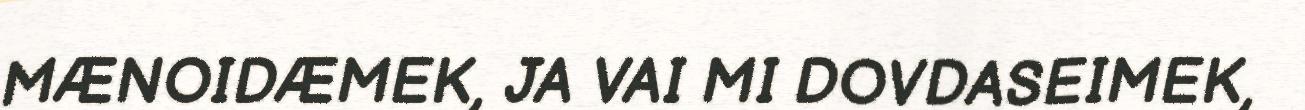
MÆNOIDÆMEK, JA VAI MI DOVDASEIMEK,